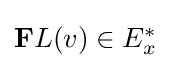
{\textstyle \mathbf {F} L(v)\in E_{x}^{*}}